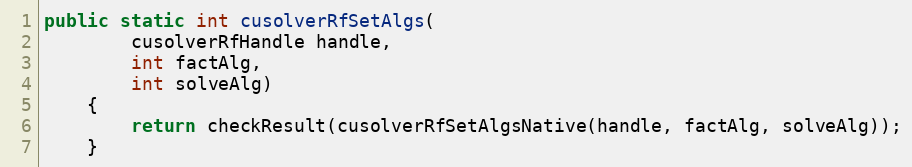
Language: Java
public static int cusolverRfSetAlgs(
        cusolverRfHandle handle,
        int factAlg,
        int solveAlg)
    {
        return checkResult(cusolverRfSetAlgsNative(handle, factAlg, solveAlg));
    }